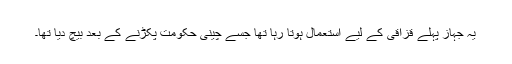
یہ جہاز پہلے قزاقی کے لیے استعمال ہوتا رہا تھا جسے چینی حکومت پکڑنے کے بعد بیچ دیا تھا۔